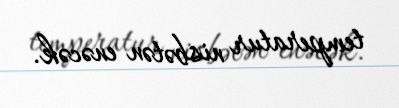
temperatur nisbətən enəcək.